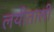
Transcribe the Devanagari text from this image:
लयीताली